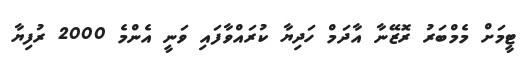
ޓީމަށް މެމްބަރު ރޮޒޭނާ އާދަމް ހަދިޔާ ކުރައްވާފައި ވަނީ އެންމެ 2000 ރުފިޔާ